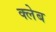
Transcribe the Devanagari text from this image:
क्लेब